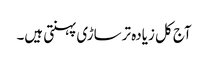
آج کل زیادہ ترساڑی پہنتی ہیں۔